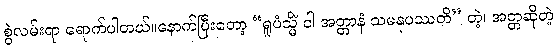
စွဲလမ်းရာ ရောက်ပါတယ်။နောက်ပြီးတော့ “ရူပံသ္မိံ ဝါ အတ္တာနံ သမနုပဿတိ” တဲ့၊ အတ္တဆိုတဲ့